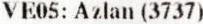
VE05: AZLAN (3737)